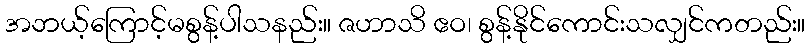
အဘယ့်ကြောင့်မစွန့်ပါသနည်း။ ဇဟာသိ ဧဝ၊ စွန့်နိုင်ကောင်းသလျှင်ကတည်း။